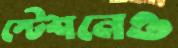
স্টেশনেও